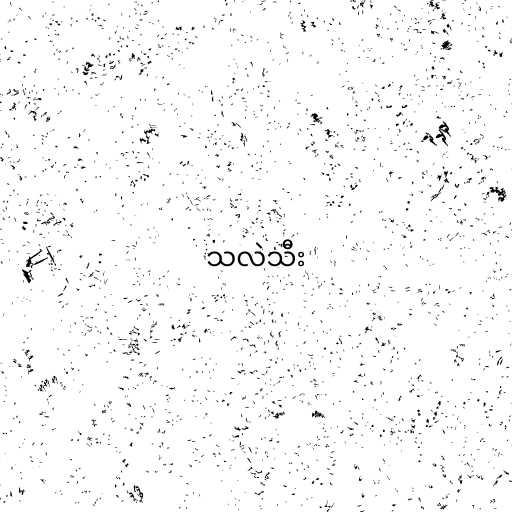
သလဲသီး